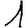
Digit: 1